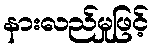
နားလည်မှုဖြင့်